Report of the Municipal Commissioner on the plague in Bombay for the year ending 31st May... - Volume 1
Disease focus: Plague
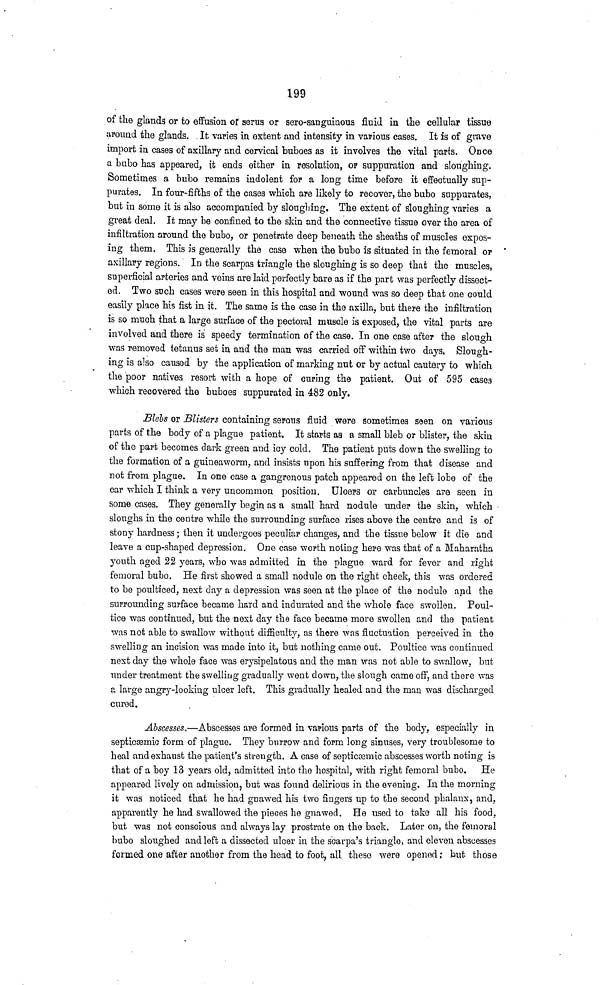
199
of the glands or to effusion or serus or sero-sanguinous fluid in the cellular tissue
around the glands. It varies in extent and intensity in various cases. It is of grave
import in cases of axillary and cervical buboes as it involves the vital parts. Once
a bubo has appeared, it ends either in resolution, or suppuration and sloughing.
Sometimes a bubo remains indolent for a long time before it effectually sup-
purates. In four-fifths of the cases which are likely to recover, the bubo suppurates,
but in some it is also accompanied by sloughing. The extent of sloughing varies a
great deal. It may be confined to the skin and the connective tissue over the area of
infiltration around the bubo, or penetrate deep beneath the sheaths of muscles expos-
ing them. This is generally the case when the bubo is situated in the femoral or
axillary regions. In the Scarpas triangle the sloughing is so deep that the muscles,
superficial arteries and veins are laid perfectly bare as if the part was perfectly dissect-
ed. Two such cases were seen in this hospital and wound was so deep that one could
easily pkce his fist in it. The same is the case in the axilla, but there the infiltration
is so much that a large surface of the pectoral muscle is exposed, the vital parts are
involved and there is speedy termination of the case. In one case after the slough
was removed tetanus set in and the man was carried off within two days, Slough-
ing is also caused by the application of marking nut or by actual cautery to which
the poor natives resort with a hope of curing the patient. Out of 595 cases
which recovered the buboes suppurated in 482 only.
Blebs or Blisters containing serous fluid were sometimes seen on various
parts of the body of a plague patient. It starts aa a small bleb or blister, the skin
of the part becomes dark green and icy cold. The patient puts down the swelling to
the formation of a guineaworm, and insists upon his suffering from that disease and
not from plague. In one case a gangrenous patch appeared on the left lobe of the
ear which I think a very uncommon position. Ulcers or carbuncles are seen in
some cases. They generally begin as a small hard nodule under the skin, which
sloughs in the centre while the surrounding surface rises above the centre and is of
stony hardness; then it undergoes peculiar changes, and the tissue below it die and
leave a cup-shaped depression. One case worth noting here was that of a Maharatha
youth aged 22 years, who was admitted in the plague ward for fever and right
femoral bubo. He first showed a small nodule on the right cheek, this was ordered
to be poulticed, next day a depression was seen at the place of the nodulo and the
surrounding surface became hard and indurated and the whole face swollen. Poul-
tice was continued, but the next day the face became more swollen and the patient
was not able to swallow without difficulty, as there was fluctuation perceived in the
swelling an incision was made into it, but nothing came out. Poultice was continued
next day the whole face was erysipelatous and the man was not able to swallow, but
under treatment the swelling gradually went down, the slough came off, and there was
a large angry-looking nicer left. This gradually healed and the man was discharged
cured.
Abscesses.—Abscesses are formed in various parts of the body, especially in
septicsemic form of plague. They burrow and form long sinuses, very troublesome to
heal and exhaust the patient's strength. A case of septicaemia abscesses worth noting is
that of a boy 13 years old, admitted into the hospital, with right femoral bubo. He
appeared lively on admission, but was found delirio as in the evening. In the morning
it was noticed that he had gnawed his two fingers up to the second phalanx, and,
apparently he had swallowed the pieces he gnawed. He used to take all his food,
but was not conscious and always lay prostrate on the back. Later on, the femoral
bubo sloughed and left a dissected ulcer in the scarpa's triangle, and eleven abscesses
formed one after another from the head to foot, all these were opened; but those